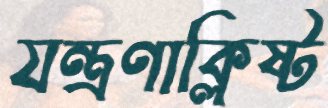
যন্ত্রণাক্লিষ্ট